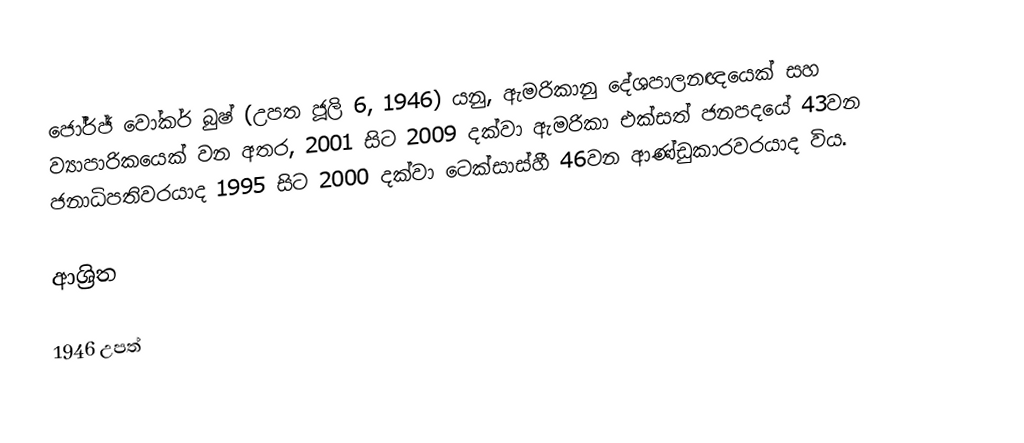
ජෝර්ජ් වෝකර් බුෂ් (උපත ජූලි 6, 1946) යනු, ඇමරිකානු දේශපාලනඥයෙක් සහ ව්‍යාපාරිකයෙක් වන අතර, 2001 සිට 2009 දක්වා  ඇමරිකා එක්සත් ජනපදයේ 43වන ජනාධිපතිවරයාද  1995 සිට 2000 දක්වා ටෙක්සාස්හී 46වන ආණ්ඩුකාරවරයාද විය.

ආශ්‍රිත

1946 උපත්